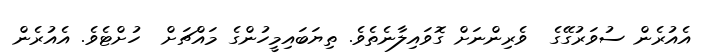
އެއުރެން ސުވަރުގޭގެ  ވެރިންނަށް ގޮވައިލާނެތެވެ. ތިޔަބައިމީހުންގެ މައްޗަށް  ހުށްޓެވެ. އެއުރެން